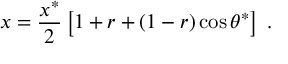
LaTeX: x = \frac { x ^ { * } } { 2 } \left[ 1 + r + ( 1 - r ) \cos { \theta ^ { * } } \right] \; .